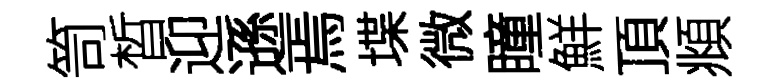
笥晳迎遜焉堞微瞳鮮頂頫